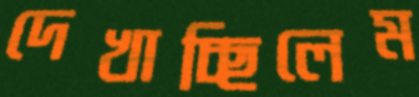
দেখাচ্ছিলেম